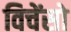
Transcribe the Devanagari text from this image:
विचेंसो